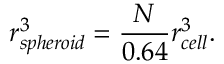
r _ { s p h e r o i d } ^ { 3 } = \frac { N } { 0 . 6 4 } r _ { c e l l } ^ { 3 } .